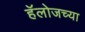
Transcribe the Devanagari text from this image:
हॅलोजच्या